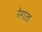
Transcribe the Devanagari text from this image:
रेगल